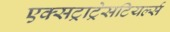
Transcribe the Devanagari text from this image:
एक्सट्राट्रेसटियर्ल्स